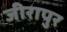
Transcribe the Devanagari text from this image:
जीरापुर